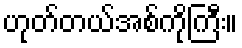
ဟုတ်တယ်အစ်ကိုကြီး။